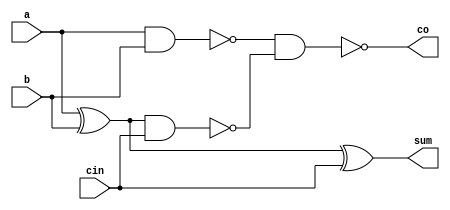
`timescale 1ns/1ns
module FullAdder (a,b,cin,sum,co);
input a,b,cin;
output sum,co;
    wire p, g, cp;
    xor (p, a, b);
    xor (sum, p, cin);
    nand (g, a, b);
    nand (cp, p, cin);
    nand (co, g, cp);
endmodule